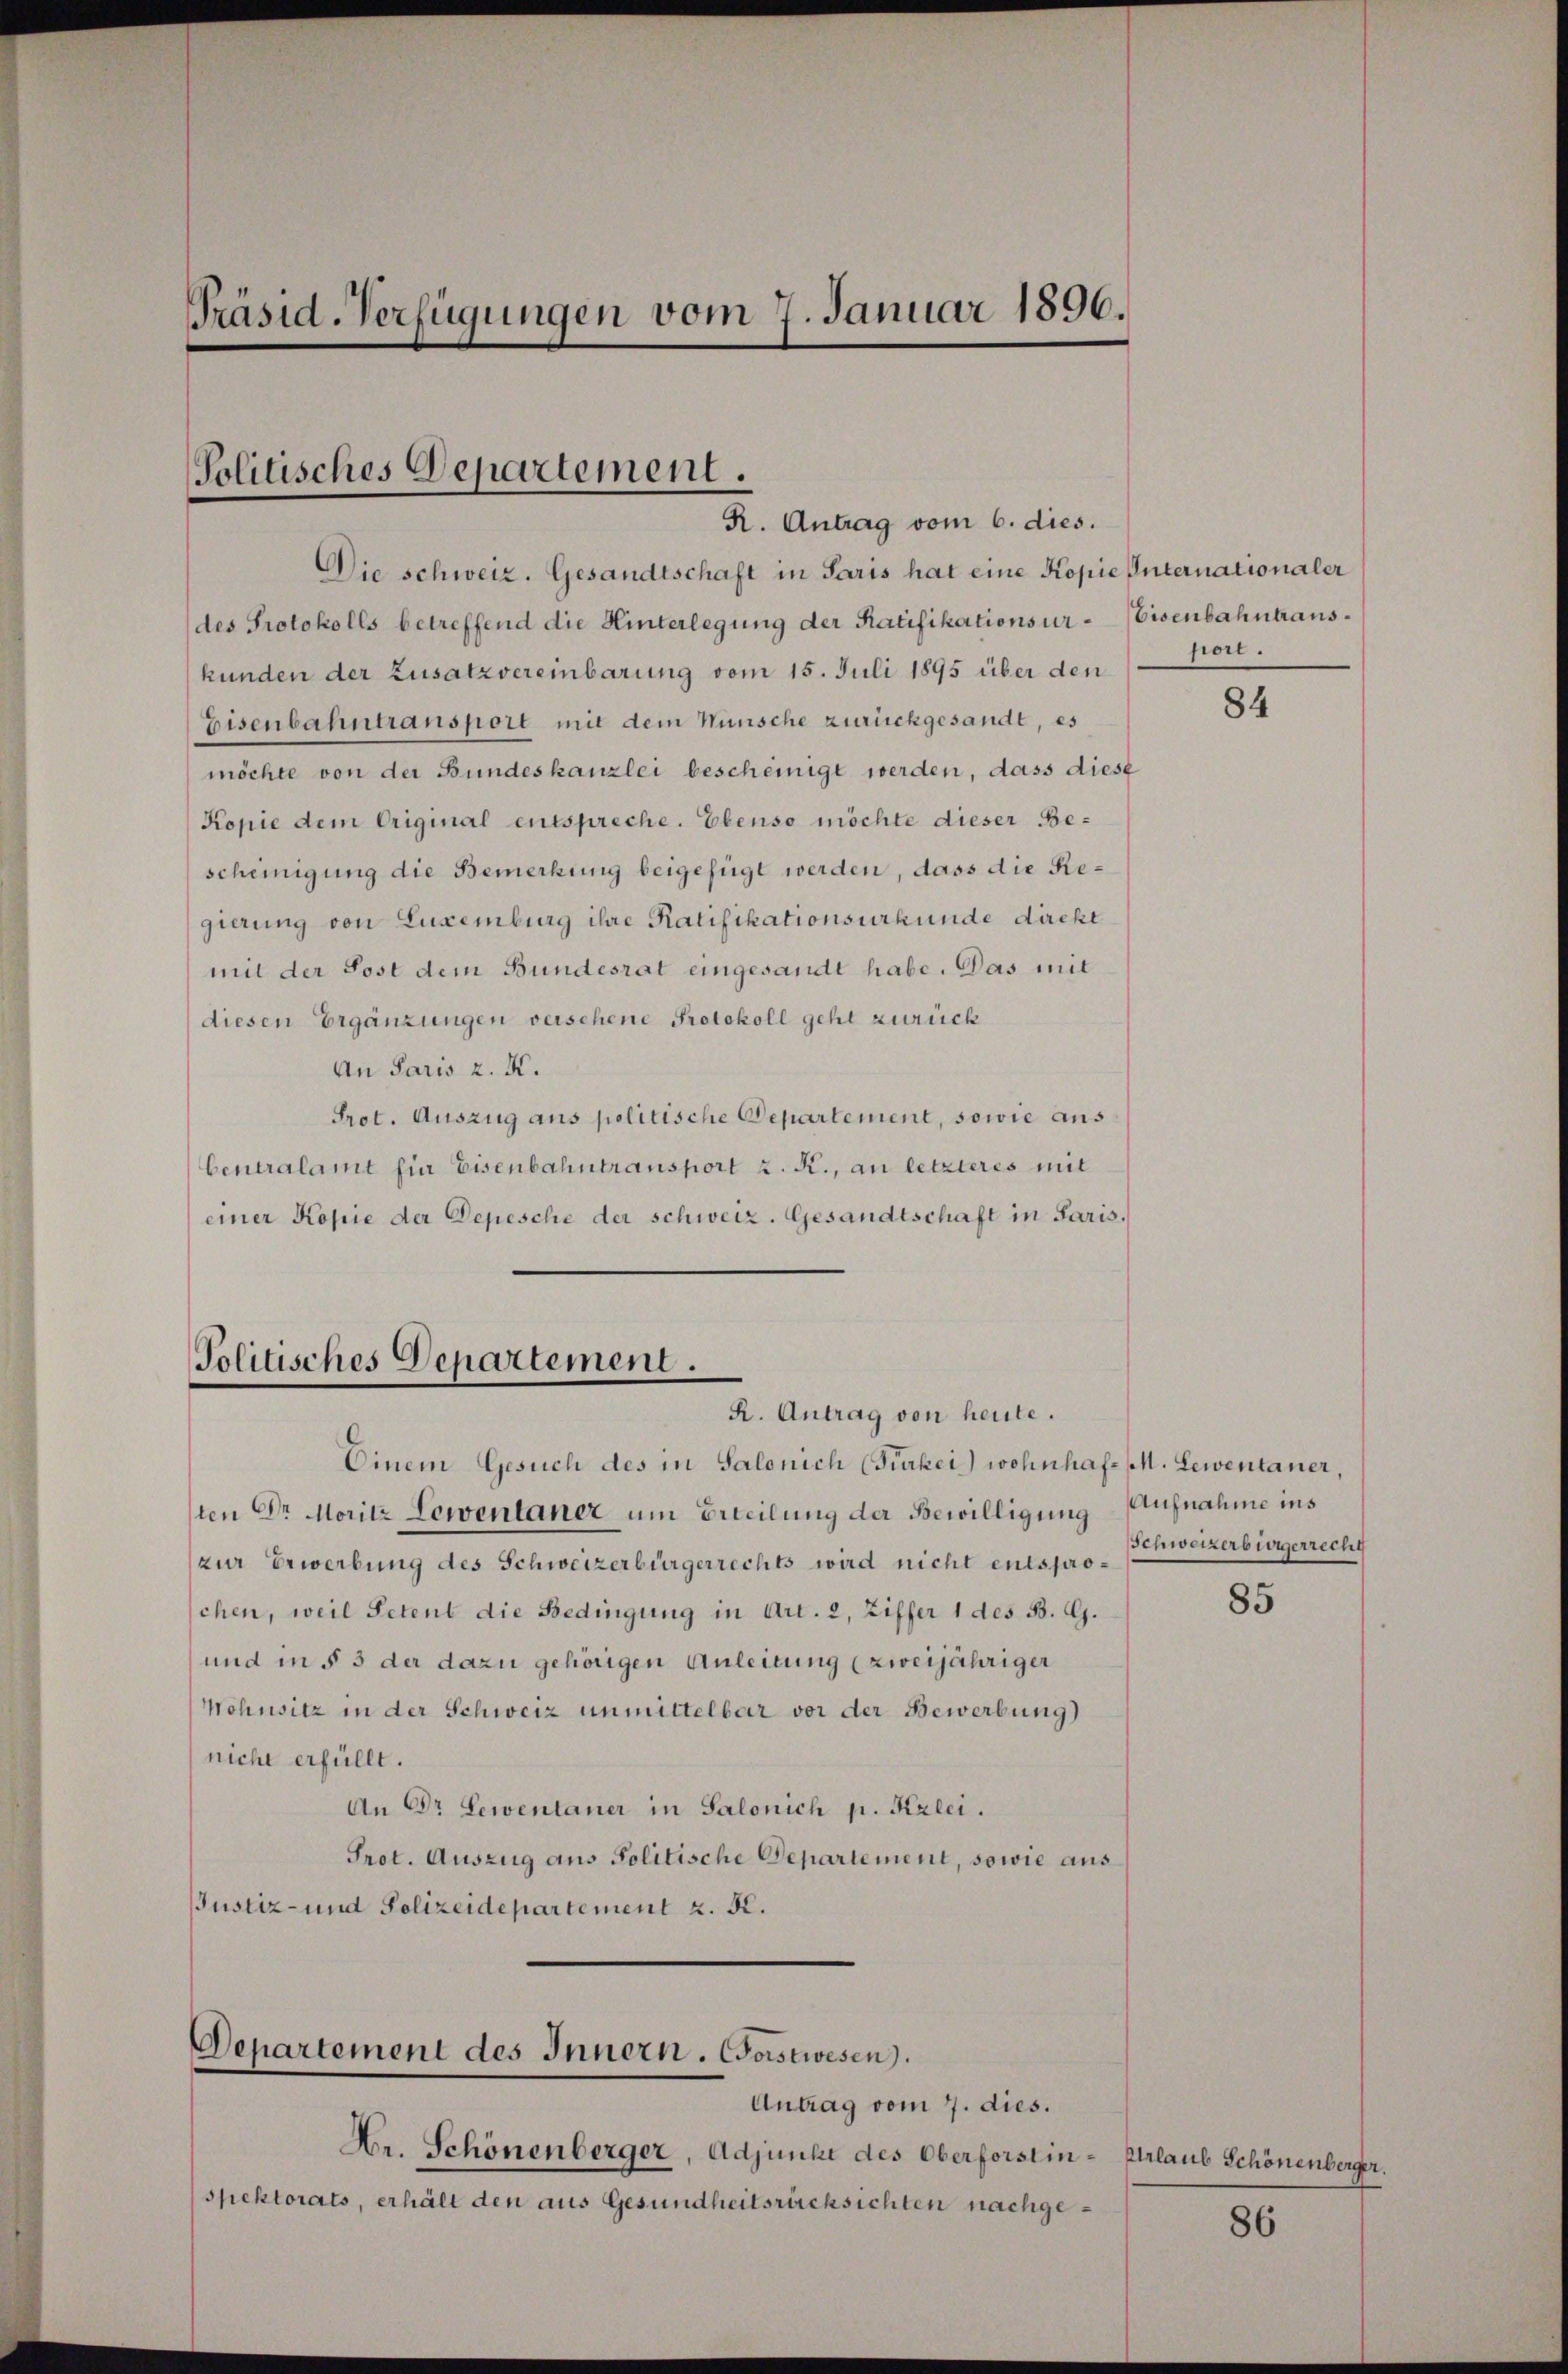
Präsid. Verfügungen vom 7. Januar 1896.

Politisches Departement.
R. Antrag vom 6. dies.

Die schweiz. Gesandtschaft in Paris hat eine Kopie Internationaler
des Protokolls betreffend die Hinterlegung der Ratifikationsur-Eisenbahntranskunden der Zusatzvereinbarung vom 15. Juli 1895 über den hort.
Eisenbahntransport mit dem Wünsche zurückgesandt, es
möchte von der Bundeskanzlei bescheinigt werden, dass diese
Kopie dem Original entspreche. Ebenso möchte dieser Bescheinigung die Bemerkung beigefügt werden, dass die Regierung von Luxenburg ihre Ratifikationsurkunde direkt
mit der Sost dem Bundesrat eingesandt habe. Das mit
diesen Ergänzungen versehene Protokoll geht zurück
An Paris z. K.
Prot. Auszug aus politische Departement, sowie aus
bentralamt sie Eisenbahntransport z. R., an letzteres mit
einer Kopie der Depesche der schweiz. Gesandtschaft in Paris.

Politisches Departement.
R. Antrag von heute.

Einem Gesuch des in Salonich (Fürkei) wohnhaft (M. Lewentaner
ten Dr Moritz Lewentaner um Erteilung der Bewilligung Aufnahme ins
zur Erwerbung des Schweizerbürgerrechts wird nicht entspro- Schweizerbürgerrecht
schen, weil Petent die Bedingung in Art. 2, Ziffer 1 des B. G.
und in § 3 der dazu gehörigen Anleitung (zweijähriger
Wohnsitz in der Schweiz unmittelbar vor der Bewerbung
niche erfüllt.
An Dr Lewentaner in Salonich p. Kzlci.
Prot. Auszug aus Politische Departement, sowie aus
JJustiz- und Polizeidepartement z. K.

Departement des Innern. Corstwesen.
Antrag vom 7. dies.

Hr. Schönenberger, Adjunkt des Oberforstin-Erlaub Schönenberger,
spektorats, erhält den aus Gesundheitsrücksichten nachge¬

84

85

86